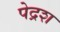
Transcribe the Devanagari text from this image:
पेद्रश